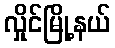
လှိုင်မြို့နယ်